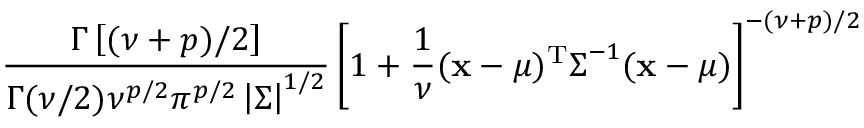
{ \frac { \Gamma \left[ ( \nu + p ) / 2 \right] } { \Gamma ( \nu / 2 ) \nu ^ { p / 2 } \pi ^ { p / 2 } \left| { \boldsymbol { \Sigma } } \right| ^ { 1 / 2 } } } \left[ 1 + { \frac { 1 } { \nu } } ( { \mathbf { x } } - { \boldsymbol { \mu } } ) ^ { \mathrm { { T } } } { \boldsymbol { \Sigma } } ^ { - 1 } ( { \mathbf { x } } - { \boldsymbol { \mu } } ) \right] ^ { - ( \nu + p ) / 2 }